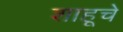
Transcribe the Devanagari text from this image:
शाहूचे